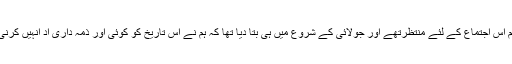
ہم اس اجتماع کے لئے منتظرتھے اور جولائی کے شروع میں ہی بتا دیا تھا کہ ہم نے اس تاریخ کو کوئی اور ذمہ داری اد انہیں کرنی۔